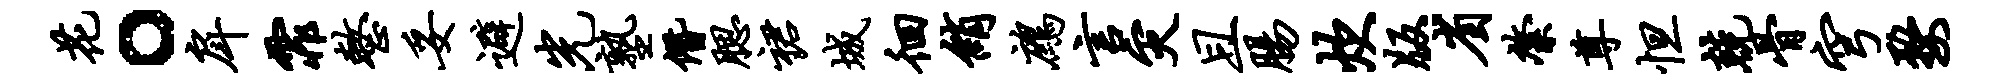
花。戽霏整妥避光塾僭腮裙城徊绡鹧言灾且肠炊版省綮尊怛兢骨穹婺